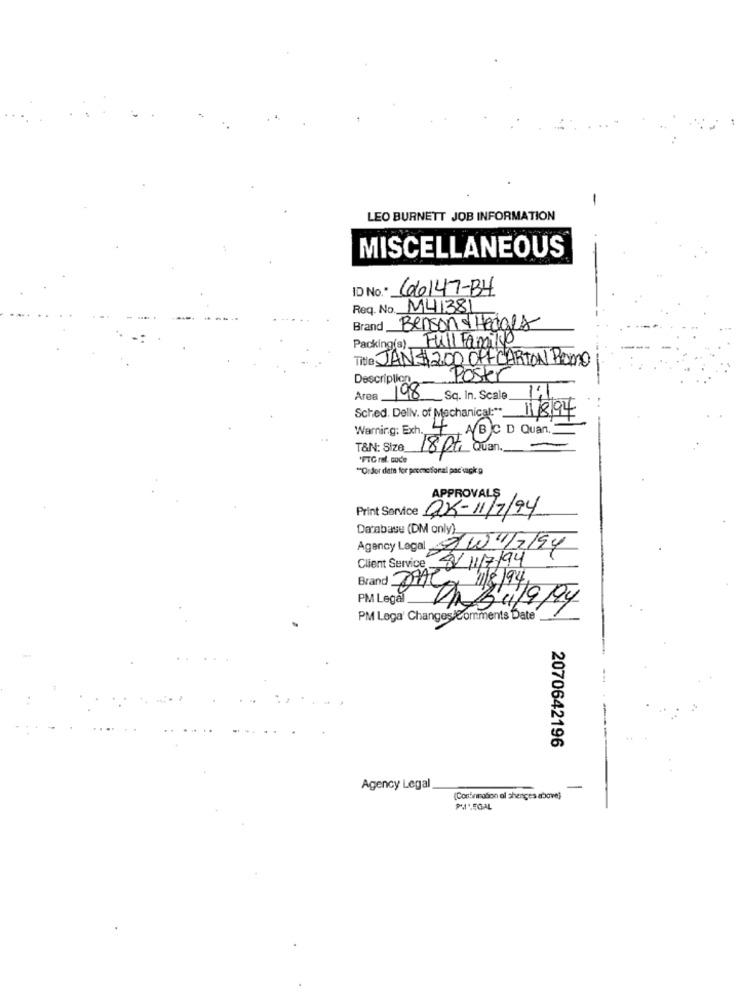
-
LEO BURNETT JOB INFORMATION
MISCELLANEOUS
ID No. 66147-B4
Req. No. M41381
Brand
Benson & Hedges
Packing(s) Full Familyo
Tite JAN$ 200 OF CARTON ROMO
Description
Poster
Area
198
Sq. In. Scale
Sched. Dellv. of Mechanical :* 11/8/94
Warning: Exh. 4, AB C D Quant.
T&N: Size
18 pt Quan.
*FTC ral. code
""Order date for promoforall par uapk g
APPROVALS
Print Service DUK-11/7/94
Database (DM only)
Agency Legal ZW1/2/94
8/11/7/94
Client Service
1/8/94,
PM Lega' ChangesComments Date".
ansi/9/94
2070642196
Agency Legal
-
(Confirmation al shenges above)
PM .. EGAL